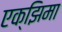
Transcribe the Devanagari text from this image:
एक्झिमा